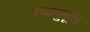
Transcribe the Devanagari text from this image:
सर्वानुकूल